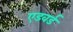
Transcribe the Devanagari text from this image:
एडवर्ड